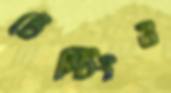
টেস্টিংও